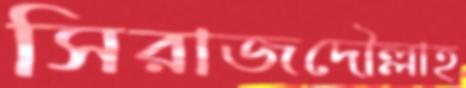
সিরাজদৌল্লাহ